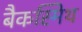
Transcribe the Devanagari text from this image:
बैकस्मिथ